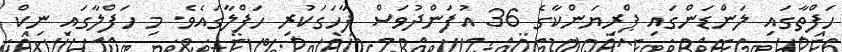
ހަފްތާގައި ލަންޑަންގައި ޕްރިޔަންކާގެ 36 އުފަންދުވަސް ފާހަގަކުރި ހަފްލާގައެވެ. މި ހަފްލާގައި ނިކް